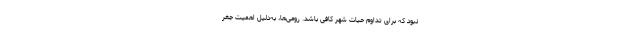
نبود که برای تداوم حیات شهر کافی باشد. رومی‌ها، به‌دلیل اهمیت جغر